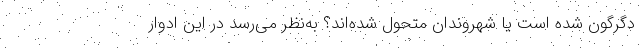
دگرگون شده است یا شهروندان متحول شده‌اند؟ به‌نظر می‌رسد در این ادوار